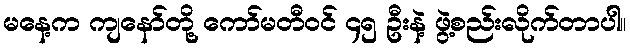
မနေ့က ကျနော်တို့ ကော်မတီဝင် ၄၅ ဦးနဲ့ ဖွဲ့စည်းလိုက်တာပါ။